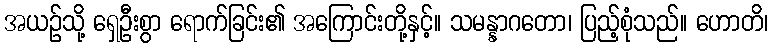
အယဉ်သို့ ရှေဦးစွာ ရောက်ခြင်း၏ အကြောင်းတို့နှင့်။ သမန္နာဂတော၊ ပြည့်စုံသည်။ ဟောတိ၊